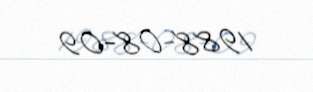
1988-08-09